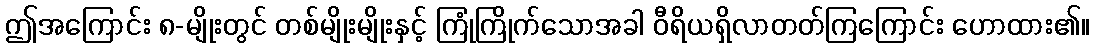
ဤအကြောင်း ၈-မျိုးတွင် တစ်မျိုးမျိုးနှင့် ကြုံကြိုက်သောအခါ ဝီရိယရှိလာတတ်ကြကြောင်း ဟောထား၏။